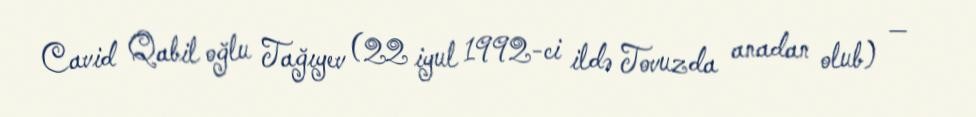
Cavid Qabil oğlu Tağıyev (22 iyul 1992-ci ildə Tovuzda anadan olub) —